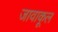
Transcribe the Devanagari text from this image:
जावाकूल